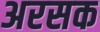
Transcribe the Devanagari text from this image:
अरसक